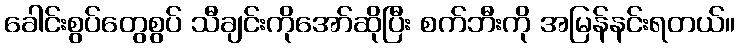
ခေါင်းစွပ်တွေစွပ် သီချင်းကိုအော်ဆိုပြီး စက်ဘီးကို အမြန်နင်းရတယ်။